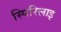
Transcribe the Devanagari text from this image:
स्पिरिलाइ